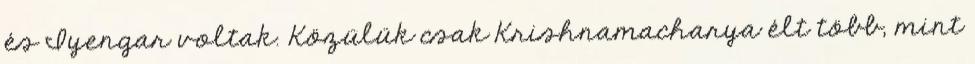
és Iyengar voltak. Közülük csak Krishnamacharya élt több, mint